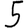
Digit: 5